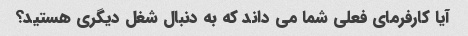
آیا کارفرمای فعلی شما می داند که به دنبال شغل دیگری هستید؟